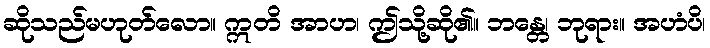
ဆိုသည်မဟုတ်လော။ ဣတိ အာဟ၊ ဤသို့ဆို၏။ ဘန္တေ၊ ဘုရား။ အဟံပိ၊